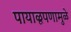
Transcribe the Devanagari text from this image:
पायाळूपणामुळे